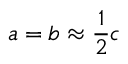
a = b \approx { \frac { 1 } { 2 } } c